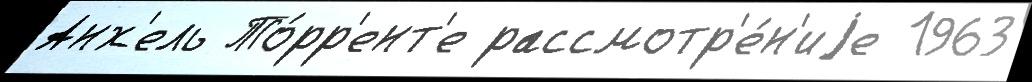
Анх'ель То́рр'ент'е рассмотр'е́н'иjе 1963